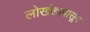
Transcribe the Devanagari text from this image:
लाेखंडापासून